Rakvere_kinnistusamet, lk 120
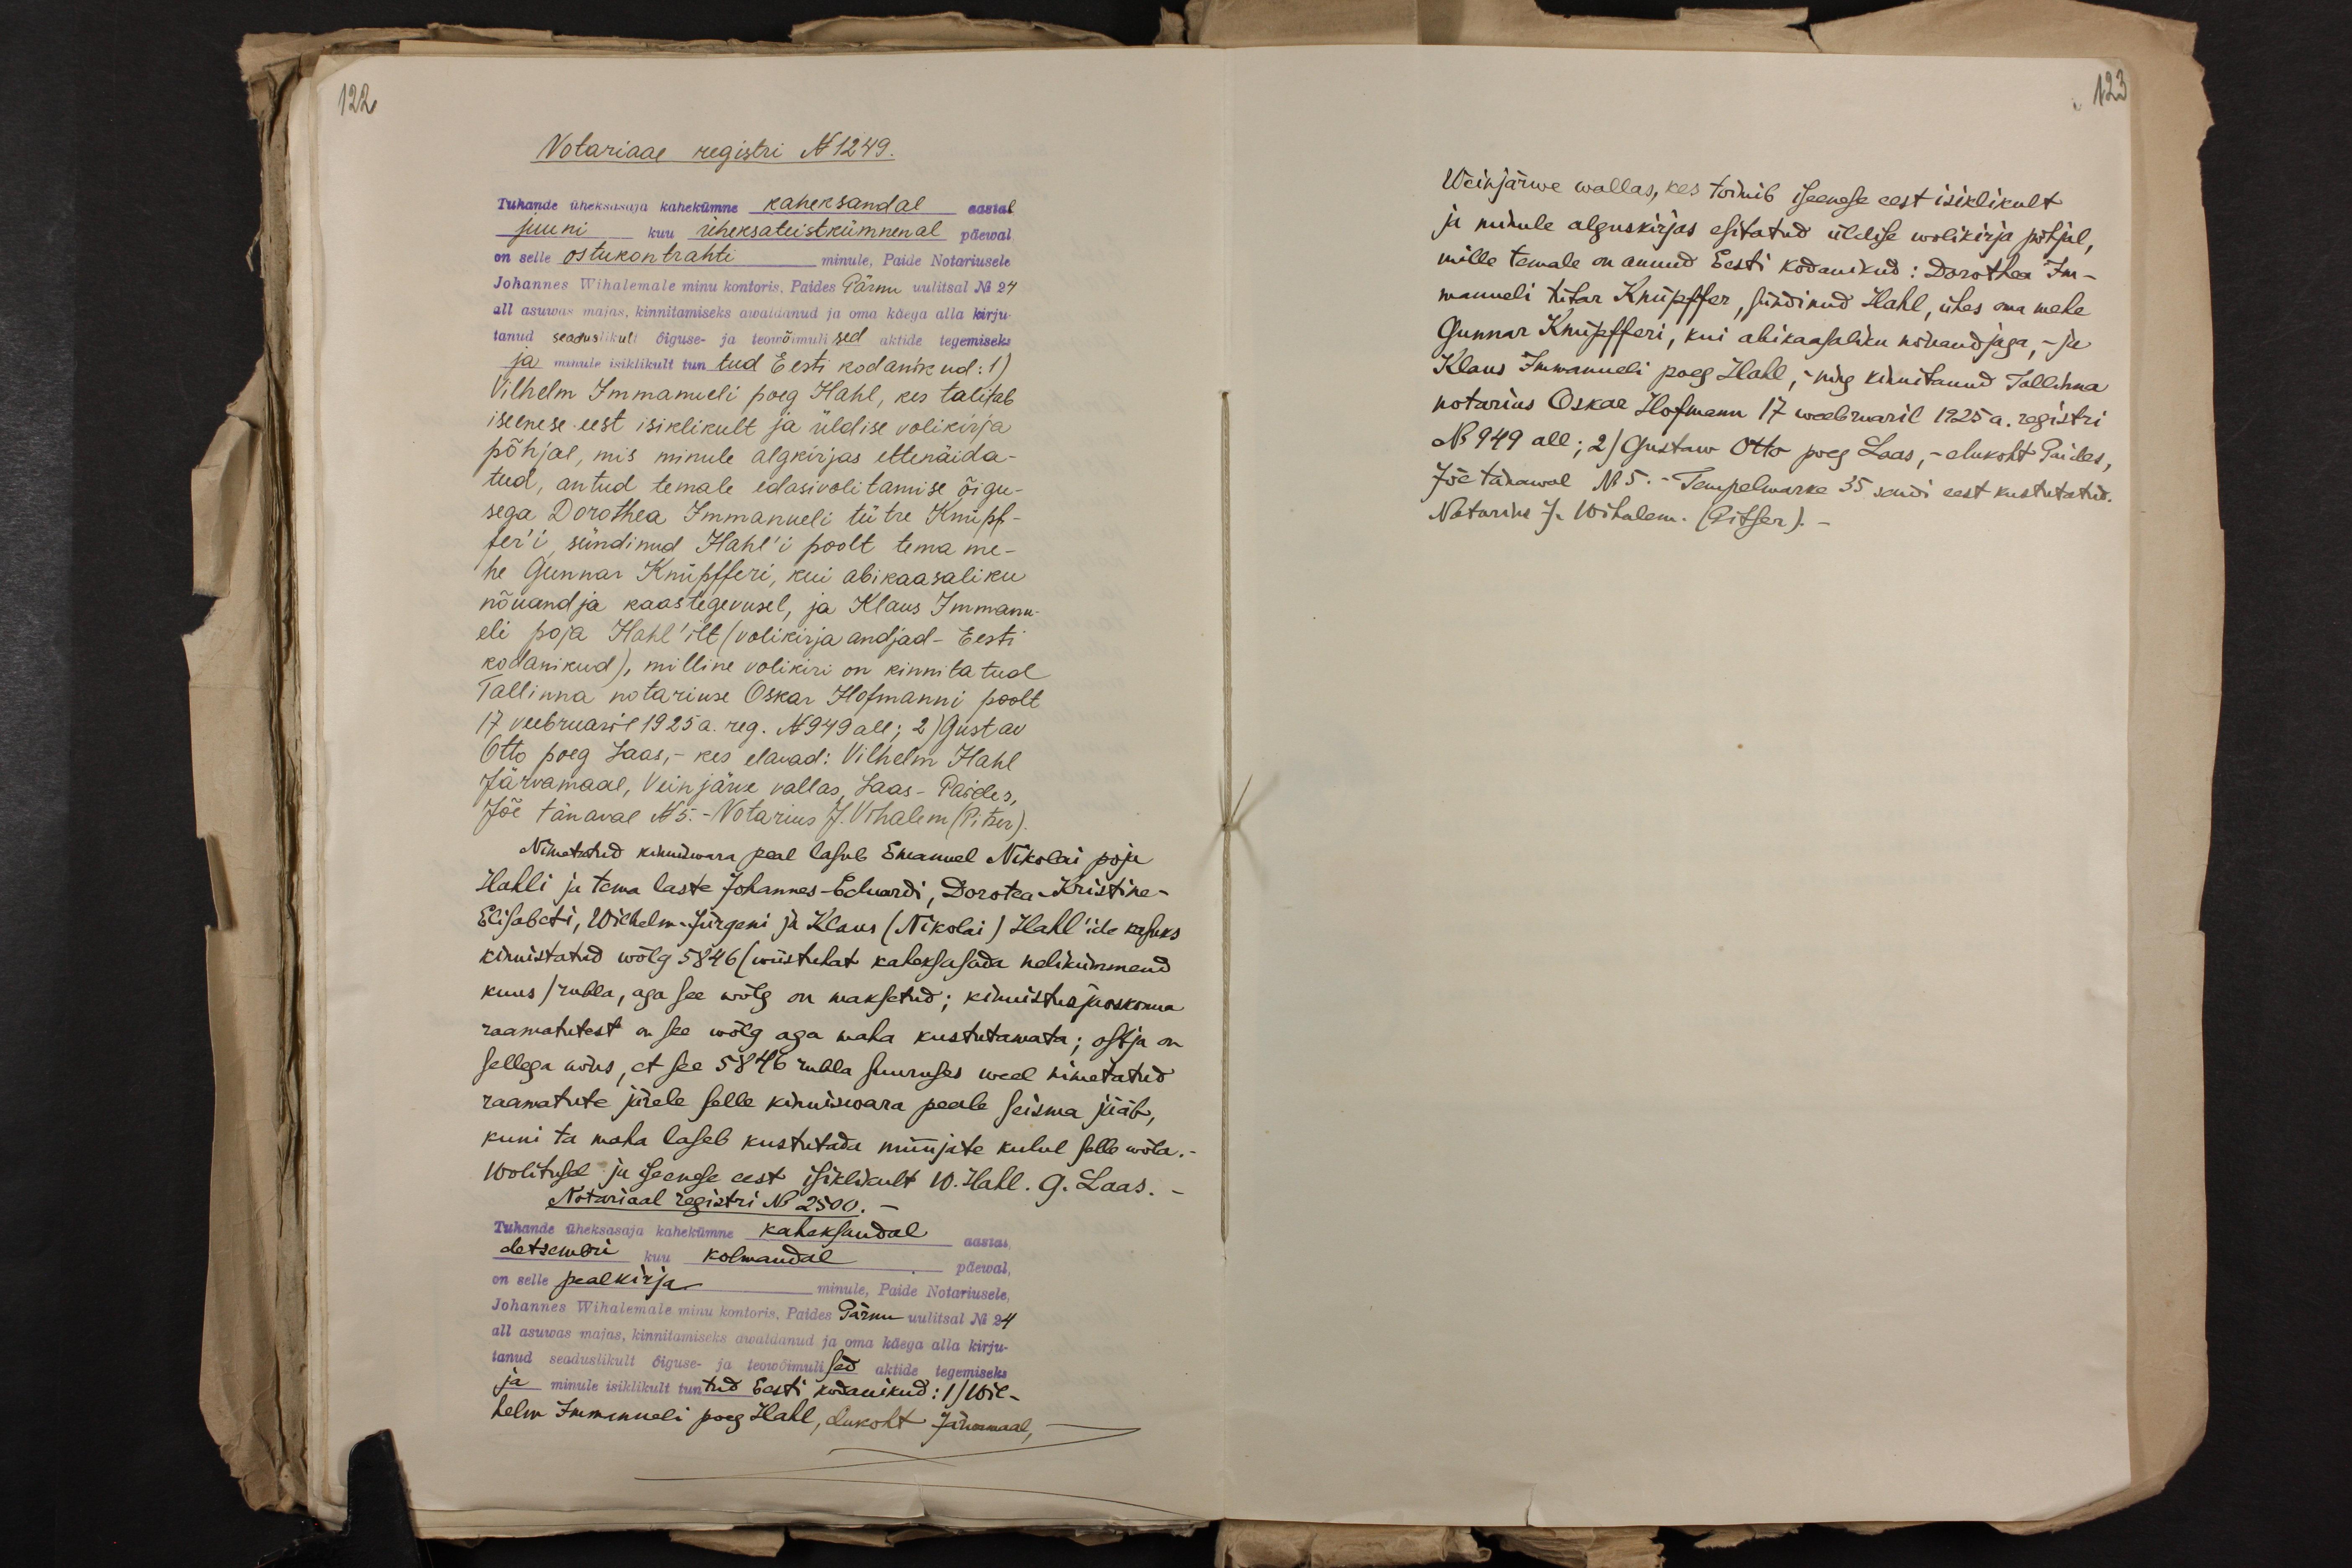
122
Notariaal registri N 1249.
Tuhande üheksasaja kahekümne kaheksandal aastal
juuni kuu üheksateistkümnenal päewal
on selle ostukontrahti minule, Paide Notariusele
Johannes Wihalemale minu kontoris, Paides Pärnu uulitsal No 24
all asuwas majas, kinnitamiseks awaldanud ja oma käega alla kirju-
tanud seaduslikult õiguse- ja teowõimulised aktide tegemiseks
ja minule isiklikult tuntud Eesti kodanikud: 1)
Vilhelm Immanueli poeg Hahl, kes talitab
iseenese eest isiklikult ja üldise volikirja
põhjal, mis minule algkirjas ettenäida-
tud, antud temale edasivolitamise õigu-
sega Dorothea Immanueli tütre Knüpf-
fer'i, sündinud Hahl'i poolt tema me-
he Gunnar Knüpfferi, kui abikaasaliku
nõuandja kaastegevusel, ja Klaus Immanu-
eli poja Hahl'ilt (volikirja andjad - Eesti
kodanikud), milline volikiri on kinnitatud.
Tallinna" notariuse Oskar Hofmanni poolt
17 veebruaril 1925 a. reg. N 949 all; 2) Gustav
Otto poeg Laas, - kes elavad: Vilhelm Hahl
Järvamaal, Veinjärve vallas, Laas - Paides,
Jõe tänaval N 5.- Notarius J.Vihalem (Pitser)
Nimetatud kinniswara peal lasub Imanuel Nikolai poja
Hahli ja tema laste Johannes Eduardi, Dorotea Kristine-
Elisabeti, Wilhelm-Jürgeni ja Klaus (Nikolai) Hahl'ide kasuks
kinnistatud wõlg 5846/wiistuhat kaheksasada nelikümmend
kuus / rubla, aga see wõlg on maksetud; kinnistusjaoksma
raamatutest on see wõlg aga maha kustutamata; ostja on
sellega nõus, et see 5846 rubla suuruses weel nimetatud
raamatute järele selle kinnisiwara peale seisma jääb,
kuni ta maha laseb kustutada müüjate kulul selle wõla.
Wolitusel ja iseenese eest isiklikult 10. Hall. G. Laas.
Notariaal registri No 2500.-
Tuhande üheksasaja kahekümne kaheksandal aastal
detsembri kuu kolmandal päewal,
on selle peakirja minule, Paide Notariusele,
Johannes Wihalemale minu kontoris, Poides Pärnu uulitsal No 24
all asuwas majas, kinnitamiseks awaldanud ja oma käega alla kirju-
tanud seaduslikult õiguse- ja teowõimulised aktide tegemiseks
ja minule isiklikult tuntud Eesti kodanikud: 1/Wil-
helm Immanueli poeg Hahl, elukoht Järwamaal,

123

Weinjärwe wallas, kes toimib iseenese eest isiklikult
ja minule alguskirjas esitatud üldise wolikirja põhjal,
mille temale on annud Eesti kodanikud: Dorothea Im-
manueli tütar Knüpffer sündinud Hahl, ühes oma mehe
Gunnar Knüpfferi, kui abikaasaliku nõuandjaga, - ja
Klaus Immanueli poeg Hahl, ning kinnitanud Tallinna
notarius Oskar Hofmann 17 weebruaril 1925 a. registri
No 949 all; 2) Gustaw Otto poeg Laas, - elukoht Paides,
Jõe tänawal No 5. - Tempelmarke 35 sendi eest kustutatud.
Natarius J. Wihalem. (Pitser).-